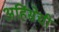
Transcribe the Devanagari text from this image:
अहिंसेची